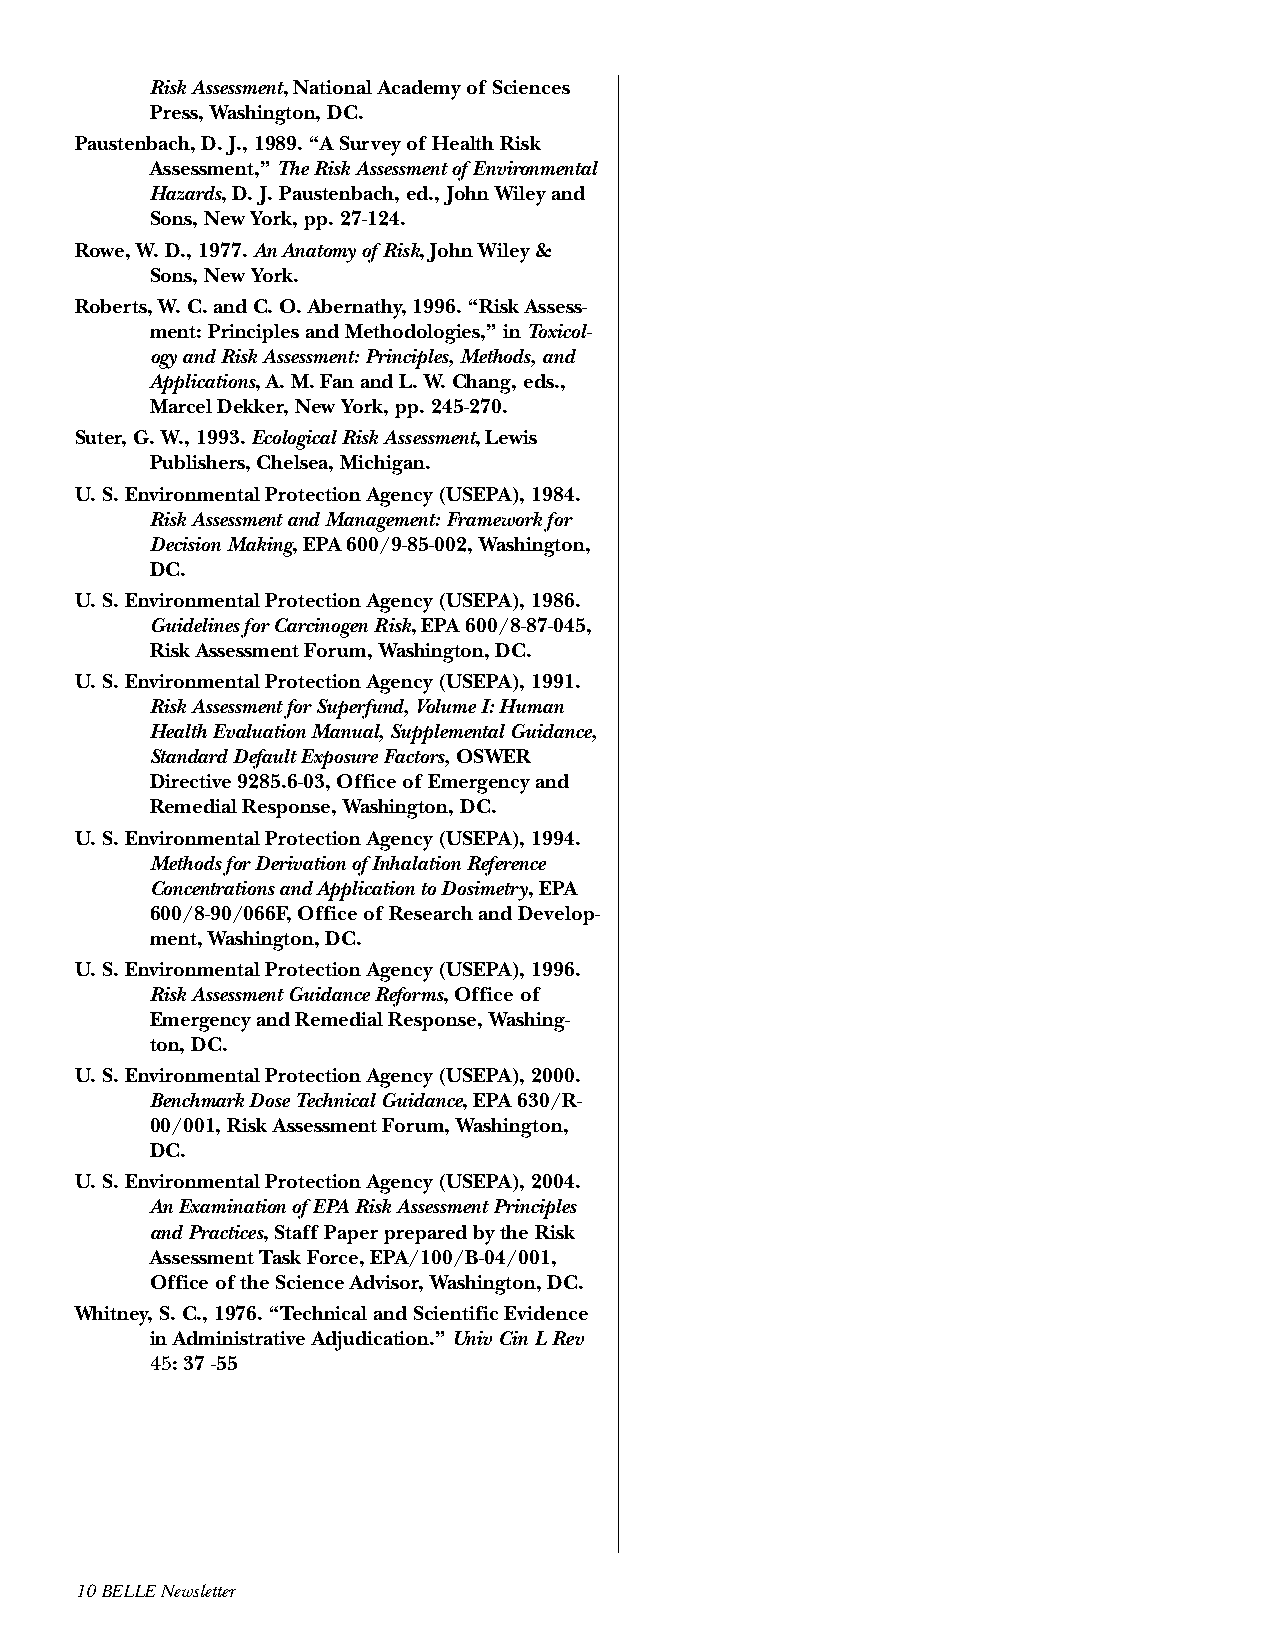
Risk Assessment, National Academy of Sciences
 Press, Washington, DC.
 Paustenbach, D. J., 1989. “A Survey of Health Risk
 Assessment,” The Risk Assessment of Environmental
 Hazards, D. J. Paustenbach, ed., John Wiley and
 Sons, New York, pp. 27-124.
 Rowe, W. D., 1977. An Anatomy of Risk, John Wiley &
 Sons, New York.
 Roberts, W. C. and C. O. Abernathy, 1996. “Risk Assess-
 ment: Principles and Methodologies,” in Toxicol-
 ogy and Risk Assessment: Principles, Methods, and
 Applications, A. M. Fan and L. W. Chang, eds.,
 Marcel Dekker, New York, pp. 245-270.
 Suter, G. W., 1993. Ecological Risk Assessment, Lewis
 Publishers, Chelsea, Michigan.
 U. S. Environmental Protection Agency (USEPA), 1984.
 Risk Assessment and Management: Framework for
 Decision Making, EPA 600/9-85-002, Washington,
 DC.
 U. S. Environmental Protection Agency (USEPA), 1986.
 Guidelines for Carcinogen Risk, EPA 600/8-87-045,
 Risk Assessment Forum, Washington, DC.
 U. S. Environmental Protection Agency (USEPA), 1991.
 Risk Assessment for Superfund, Volume I: Human
 Health Evaluation Manual, Supplemental Guidance,
 Standard Default Exposure Factors, OSWER
 Directive 9285.6-03, Office of Emergency and
 Remedial Response, Washington, DC.
 U. S. Environmental Protection Agency (USEPA), 1994.
 Methods for Derivation of Inhalation Reference
 Concentrations and Application to Dosimetry, EPA
 600/8-90/066F, Office of Research and Develop-
 ment, Washington, DC.
 U. S. Environmental Protection Agency (USEPA), 1996.
 Risk Assessment Guidance Reforms, Office of
 Emergency and Remedial Response, Washing-
 ton, DC.
 U. S. Environmental Protection Agency (USEPA), 2000.
 Benchmark Dose Technical Guidance, EPA 630/R-
 00/001, Risk Assessment Forum, Washington,
 DC.
 U. S. Environmental Protection Agency (USEPA), 2004.
 An Examination of EPA Risk Assessment Principles
 and Practices, Staff Paper prepared by the Risk
 Assessment Task Force, EPA/100/B-04/001,
 Office of the Science Advisor, Washington, DC.
 Whitney, S. C., 1976. “Technical and Scientific Evidence
 in Administrative Adjudication.” Univ Cin L Rev
 45: 37 -55
 10 BELLE Newsletter